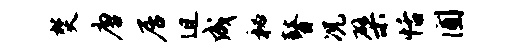
焚唐居迫成秘瞽况檗恬圃